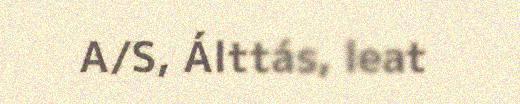
A/S, Álttás, leat